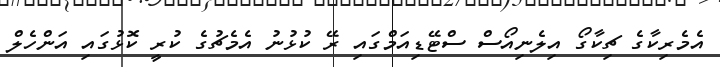
އެމެރިކާގެ ޗިކާގޯ އިލެނިއޯސް ސްޓޭޑިއަމްގައި ރޭ ކުޅުނު އެމެޗުގެ ކުރީ ކޮޅުގައި އަންހެލް